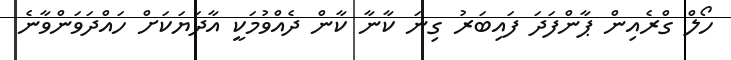
ހޯލް ގްރެއިން ޕާންފަދަ ފައިބަރު ގިނަ ކާނާ ކާން ދެއްވުމަކީ އާދަޔަކަށް ހައްދަވަންވާނެ